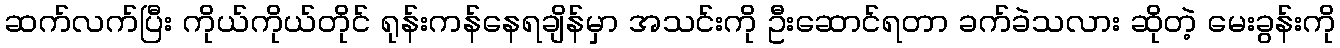
ဆက်လက်ပြီး ကိုယ်ကိုယ်တိုင် ရုန်းကန်နေရချိန်မှာ အသင်းကို ဦးဆောင်ရတာ ခက်ခဲသလား ဆိုတဲ့ မေးခွန်းကို